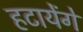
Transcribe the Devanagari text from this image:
हटायेंगे